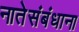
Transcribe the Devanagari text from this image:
नातेसंबंधाना